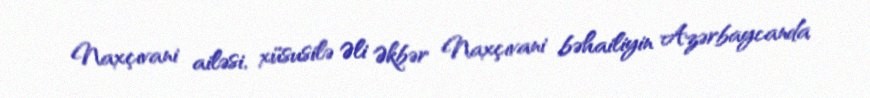
Naxçıvani ailəsi, xüsusilə Əli Əkbər Naxçıvani bəhailiyin Azərbaycanda